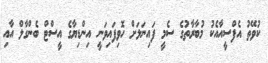
ކުވޭތު އެފްސީއާއެކު މުބާރާތުގެ ސެމީ ފައިނަލަށް ހޮވިފައިވަނީ އިންޑިޔާގެ އީސްޓް ބެންގާލް އާއި